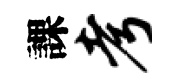
課考